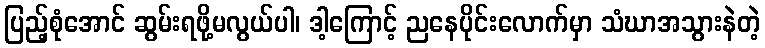
ပြည့်စုံအောင် ဆွမ်းရဖို့မလွယ်ပါ၊ ဒါ့ကြောင့် ညနေပိုင်းလောက်မှာ သံဃာအသွားနဲတဲ့